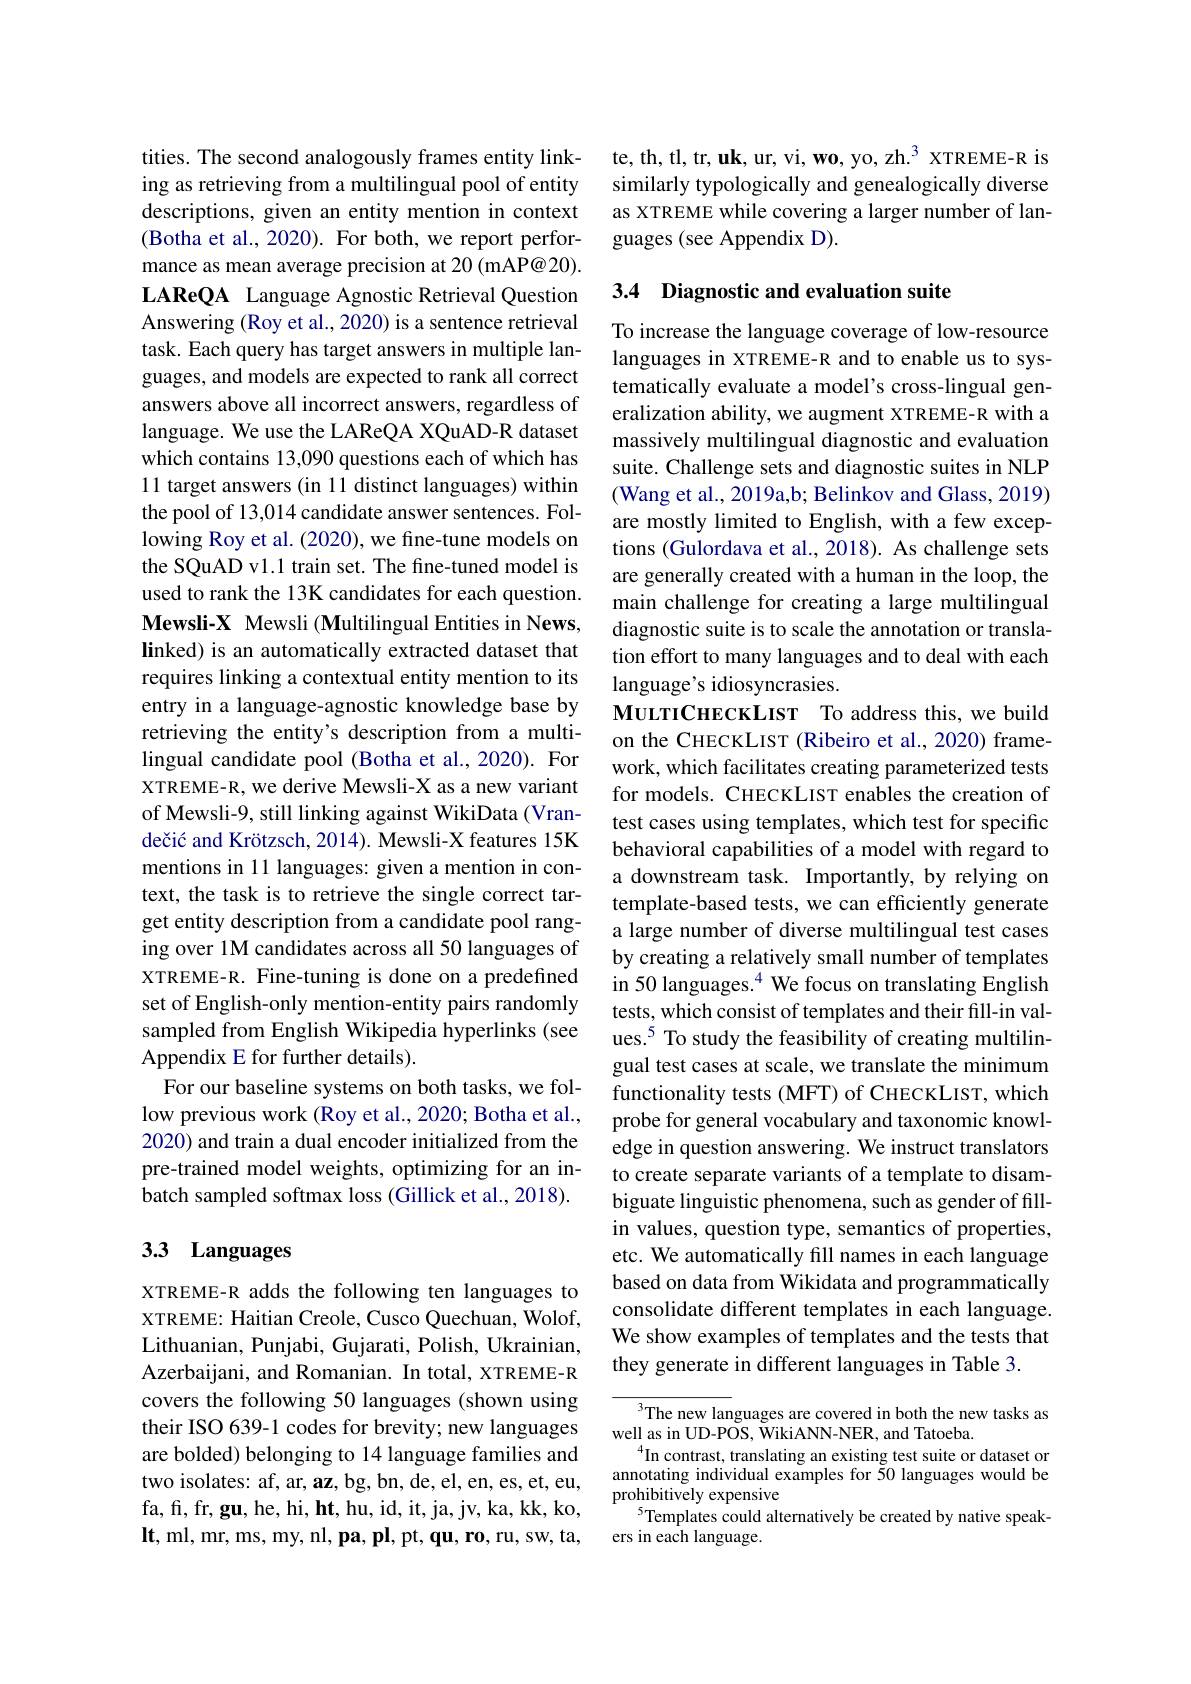
tities. The second analogously frames entity linking as retrieving from a multilingual pool of entity descriptions, given an entity mention in context (Botha et al., 2020). For both, we report performance as mean average precision at 20 (mAP@20). LAReQA Language Agnostic Retrieval Question Answering (Roy et al., 2020) is a sentence retrieval task. Each query has target answers in multiple languages, and models are expected to rank all correct answers above all incorrect answers, regardless of language. We use the LAReQA XQuAD-R dataset which contains 13,090 questions each of which has 11 target answers (in 11 distinct languages) within the pool of 13,014 candidate answer sentences. Following Roy et al. (2020), we fine-tune models on the SQuAD v1.1 train set. The fine-tuned model is used to rank the 13K candidates for each question. Mewsli-X Mewsli (Multilingual Entities in News, linked) is an automatically extracted dataset that requires linking a contextual entity mention to its entry in a language-agnostic knowledge base by retrieving the entity's description from a multilingual candidate pool (Botha et al., 2020). For XTREME-R, we derive Mewsli-X as a new variant of Mewsli-9, still linking against WikiData (Vrandečić and Krötzsch, 2014). Mewsli-X features 15K mentions in 11 languages: given a mention in context, the task is to retrieve the single correct target entity description from a candidate pool ranging over 1M candidates across all 50 languages of XTREME-R. Fine-tuning is done on a predefined set of English-only mention-entity pairs randomly sampled from English Wikipedia hyperlinks (see Appendix E for further details).
For our baseline systems on both tasks, we follow previous work (Roy et al., 2020; Botha et al., 2020) and train a dual encoder initialized from the pre-trained model weights, optimizing for an inbatch sampled softmax loss (Gillick et al., 2018).

# 3.3 Languages

XTREME-R adds the following ten languages to XTREME: Haitian Creole, Cusco Quechuan, Wolof, Lithuanian, Punjabi, Gujarati, Polish, Ukrainian, Azerbaijani, and Romanian. In total, XTREME-R covers the following 50 languages (shown using their ISO 639-1 codes for brevity; new languages are bolded) belonging to 14 language families and two isolates: af, ar, az, bg, bn, de, el, en, es, et, eu, fa, fr, gu, he, hi, ht, hu, id, it, ja, jv, ka, kk, ko, $\mathbf{lt,ml,mr,ms,my,nl,pa,pl,pt,qu,ro,ru,sw,ta,}$

te, th, tl, tr, uk, ur, vi, wo, yo, zh.$^3$ XTREME-R is similarly typologically and genealogically diverse as XTREME while covering a larger number of languages (see Appendix D).

## 3.4 Diagnostic and evaluation suite

To increase the language coverage of low-resource languages in XTREME-R and to enable us to systematically evaluate a model's cross-lingual generalization ability, we augment XTREME-R with a massively multilingual diagnostic and evaluation suite. Challenge sets and diagnostic suites in NLP (Wang et al., 2019a,b; Belinkov and Glass, 2019) are mostly limited to English, with a few exceptions (Gulordava et al., 2018). As challenge sets are generally created with a human in the loop, the main challenge for creating a large multilingual diagnostic suite is to scale the annotation or translation effort to many languages and to deal with each language's idiosyncrasies.
MULTICHECKLIST To address this, we build on the CHECKLIST (Ribeiro et al., 2020) framework, which facilitates creating parameterized tests for models. CHECKLIST enables the creation of test cases using templates, which test for specific behavioral capabilities of a model with regard to a downstream task. Importantly, by relying on template-based tests, we can efficiently generate a large number of diverse multilingual test cases by creating a relatively small number of templates in 50 languages.$^{4}$ We focus on translating English tests, which consist of templates and their fill-in values.$^{5}$ To study the feasibility of creating multilingual test cases at scale, we translate the minimum functionality tests (MFT) of CHECKLIST, which probe for general vocabulary and taxonomic knowledge in question answering. We instruct translators to create separate variants of a template to disambiguate linguistic phenomena, such as gender of fillin values, question type, semantics of properties, etc. We automatically fill names in each language based on data from Wikidata and programmatically consolidate different templates in each language. We show examples of templates and the tests that they generate in different languages in Table 3.
${\overline{{^3}\text{The new lan}}}$guages are covered in both the new tasks as

well as in UD-POS, WikiANN-NER, and Tatoeba.
$^{4}$In contrast, translating an existing test suite or dataset or annotating individual examples for 50 languages would be prohibitively expensive
$^{5}$Templates could alternatively be created by native speak-
ers in each language.